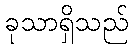
ခုသာရှိသည်